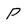
Character: P